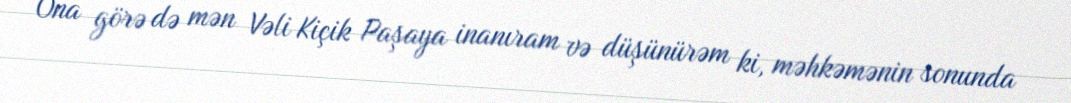
Ona görə də mən Vəli Kiçik Paşaya inanıram və düşünürəm ki, məhkəmənin sonunda